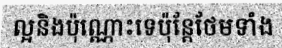
ល្អនិងប៉ុណ្ណោះទេប៉ុន្តែថែមទាំង